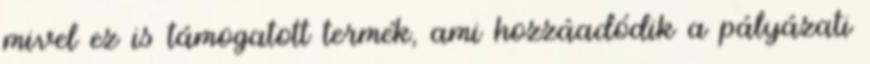
mivel ez is támogatott termék, ami hozzáadódik a pályázati